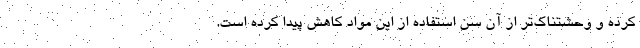
کرده و وحشتناک‌تر از آن سن استفاده از این مواد کاهش پیدا کرده است.